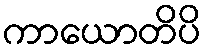
ကာယောတိပိ